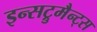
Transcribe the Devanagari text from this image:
इन्सट्रुमैन्ट्स